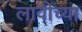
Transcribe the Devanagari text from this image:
लावीच्या